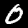
Label: 0